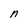
Character: n